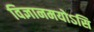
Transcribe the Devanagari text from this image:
विज्ञानमयोऽसि